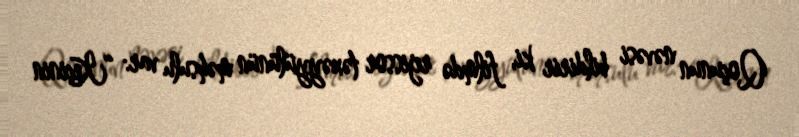
Qoçunun nəvəsi bildirir ki, filmdə rejissor təxəyyülünün məhsulu var: “Keçinin